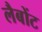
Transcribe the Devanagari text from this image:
लैबोंट